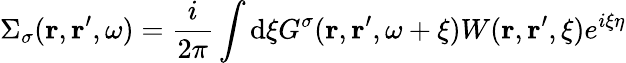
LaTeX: \Sigma_{\sigma}(\mathbf{r},\mathbf{r}^{\prime},\omega)=\frac{i}{2\pi}\int\mathrm{d}\xi G^{\sigma}(\mathbf{r},\mathbf{r}^{\prime},\omega+\xi)W(\mathbf{r},\mathbf{r}^{\prime},\xi)e^{i\xi\eta}